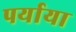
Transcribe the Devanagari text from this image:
पर्याया